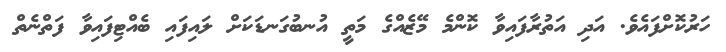
ހަރުކޮށްފައެވެ. އަދި އަތުރާފައިވާ ކޮންމެ މޭޒެއްގެ މަތީ އުނބުގަނޑަކަށް ލައިފައި ބެއްޓިފައިވާ ފަތްނެތް